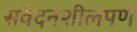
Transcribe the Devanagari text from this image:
संवेदनशीलपणे